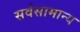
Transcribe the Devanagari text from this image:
सर्वसामान्‍य